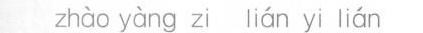
zhào yàng zi lián yi lián